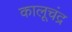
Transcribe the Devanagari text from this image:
कालूचंद्र